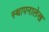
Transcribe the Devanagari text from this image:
स्थापनालेख